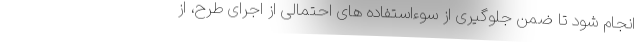
انجام شود تا ضمن جلوگیری از سوءاستفاده های احتمالی از اجرای طرح، از